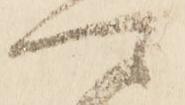
可